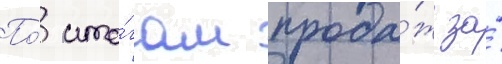
По́ ито́гам прода́ж за́